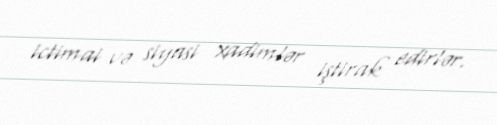
ictimai və siyasi xadimlər iştirak edirlər.